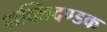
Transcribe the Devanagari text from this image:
शक्तिदण्डक